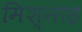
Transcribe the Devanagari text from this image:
मिश्नाह